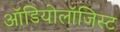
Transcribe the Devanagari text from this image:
ऑडियोलॉजिस्ट